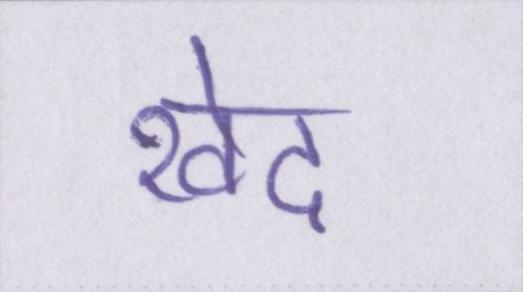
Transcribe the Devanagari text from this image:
खेद